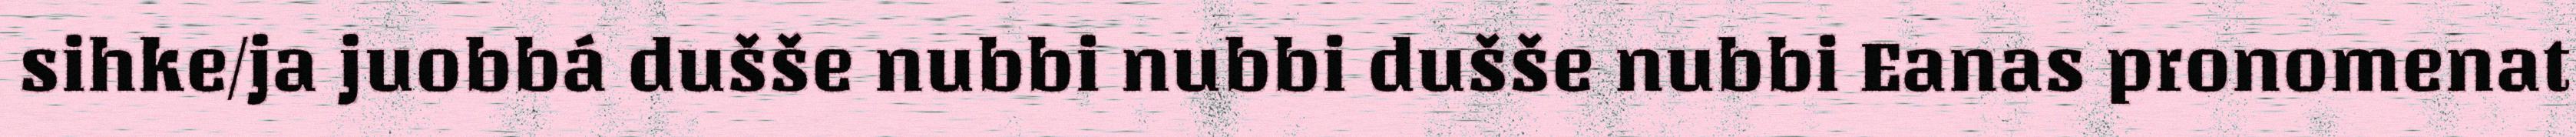
sihke/ja juobbá dušše nubbi nubbi dušše nubbi Eanas pronomenat